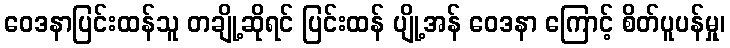
ဝေဒနာပြင်းထန်သူ တချို့ဆိုရင် ပြင်းထန် ပျို့အန် ဝေဒနာ ကြောင့် စိတ်ပူပန်မှု၊